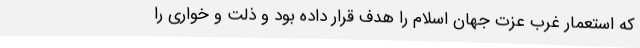
که استعمار غرب عزت جهان اسلام را هدف قرار داده بود و ذلت و خواری را